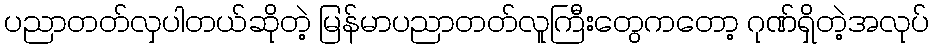
ပညာတတ်လှပါတယ်ဆိုတဲ့ မြန်မာပညာတတ်လူကြီးတွေကတော့ ဂုဏ်ရှိတဲ့အလုပ်